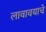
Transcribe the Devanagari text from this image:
लावावयाचे